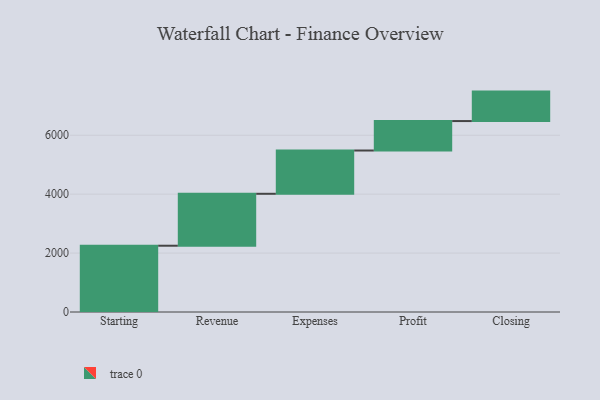
{"axis": {"x": "Step", "y": "Value"}, "legend": [""], "data": [{"x": "Starting", "y": 2250.0, "type": ""}, {"x": "Revenue", "y": 1763.0, "type": ""}, {"x": "Expenses", "y": 1469.0, "type": ""}, {"x": "Profit", "y": 1000, "type": ""}, {"x": "Closing", "y": 1000, "type": ""}]}